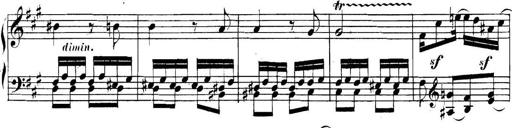
Title: Collected Piano Sonatas
Composer: Muzio Clementi